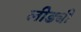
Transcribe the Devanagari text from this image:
लीड्यी